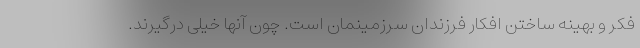
فکر و بهینه ساختن افکار فرزندان سرزمینمان است. چون آنها خیلی درگیرند.